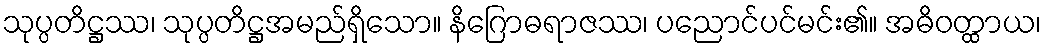
သုပ္ပတိဋ္ဌဿ၊ သုပ္ပတိဋ္ဌအမည်ရှိသော။ နိဂြောဓရာဇဿ၊ ပညောင်ပင်မင်း၏။ အဓိဝတ္ထာယ၊